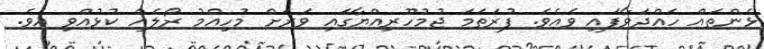
ޅެންތައް ހައްދަވާފައި ވެއެވެ. ފުރަތަމަ ޖުމުހޫރިއްޔާގައި ވަރަށް މުހިއްމު ރޯލެއް ކުޅުއްވި އެވެ.